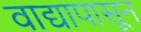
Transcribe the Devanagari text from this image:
वाद्यापासून